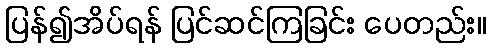
ပြန်၍အိပ်ရန် ပြင်ဆင်ကြခြင်း ပေတည်း။